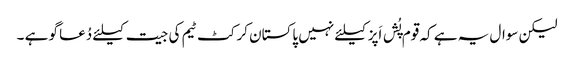
لیکن سوال یہ ہے کہ قوم پُش اَپز کیلئے نہیں پاکستان کرکٹ ٹیم کی جیت کیلئے دُعا گو ہے ۔